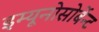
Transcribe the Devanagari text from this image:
इम्यूनोसोर्बेन्ट